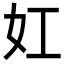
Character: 妅